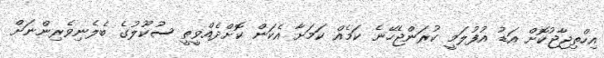
އިހްތިޖާޖުކޮށް އަޑު އުފުލަމީ ކުރަންޖެހޭނެ ކަމެއް ކަމަށާ އެކަން ކޮށްދެއްވީތީ ސުކޫލުގެ ބެލެނިވެރިންނަށް